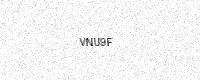
Text: VNU9F